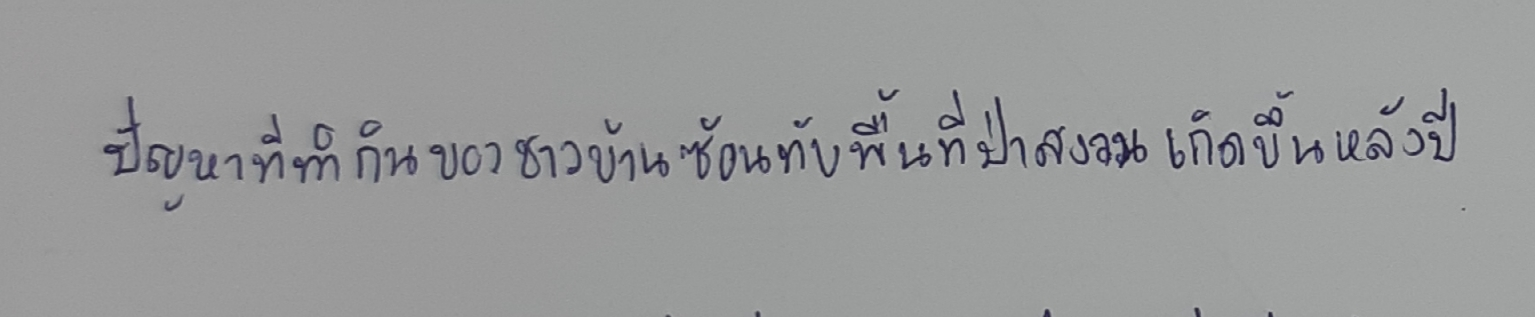
ปัญหาที่ทำกินของชาวบ้านซ้อนทับพื้นที่ป่าสงวนเกิดขึ้นหลังปี